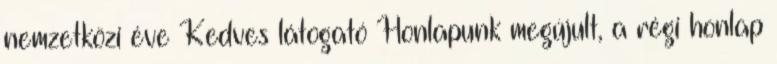
nemzetközi éve Kedves látogató Honlapunk megújult, a régi honlap